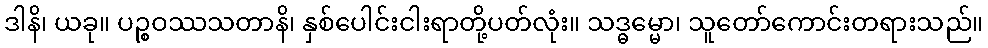
ဒါနိ၊ ယခု။ ပဉ္စဝဿသတာနိ၊ နှစ်ပေါင်းငါးရာတို့ပတ်လုံး။ သဒ္ဓမ္မော၊ သူတော်ကောင်းတရားသည်။